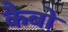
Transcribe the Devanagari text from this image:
कैबो